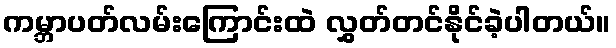
ကမ္ဘာပတ်လမ်းကြောင်းထဲ လွှတ်တင်နိုင်ခဲ့ပါတယ်။